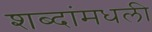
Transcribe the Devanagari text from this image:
शब्दांमधली